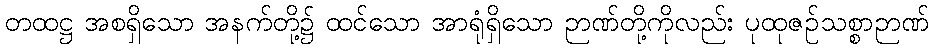
တထဋ္ဌ အစရှိသော အနက်တို့၌ ထင်သော အာရုံရှိသော ဉာဏ်တို့ကိုလည်း ပုထုဇဉ်သစ္စာဉာဏ်